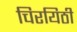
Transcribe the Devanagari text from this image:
चिरयिठी